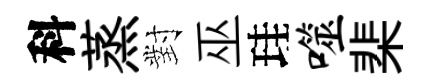
科蒸對巫珪噬棐